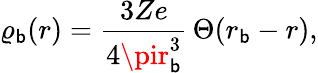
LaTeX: \varrho_{\mathsf{b}}(r)=\frac{{3Ze}}{{4\pir_{\mathsf{b}}^{3}}}\, \Theta(r_{\mathsf{b}}-r),